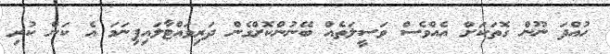
ހުއްދަ ނޫން ގޮތަކަށް އެއްވެސް ވަސީލަތެއް ބޭނުންކޮށްގެން ދަރިވައްޓާލައިފިނަމަ އެ ކަން ކުރި